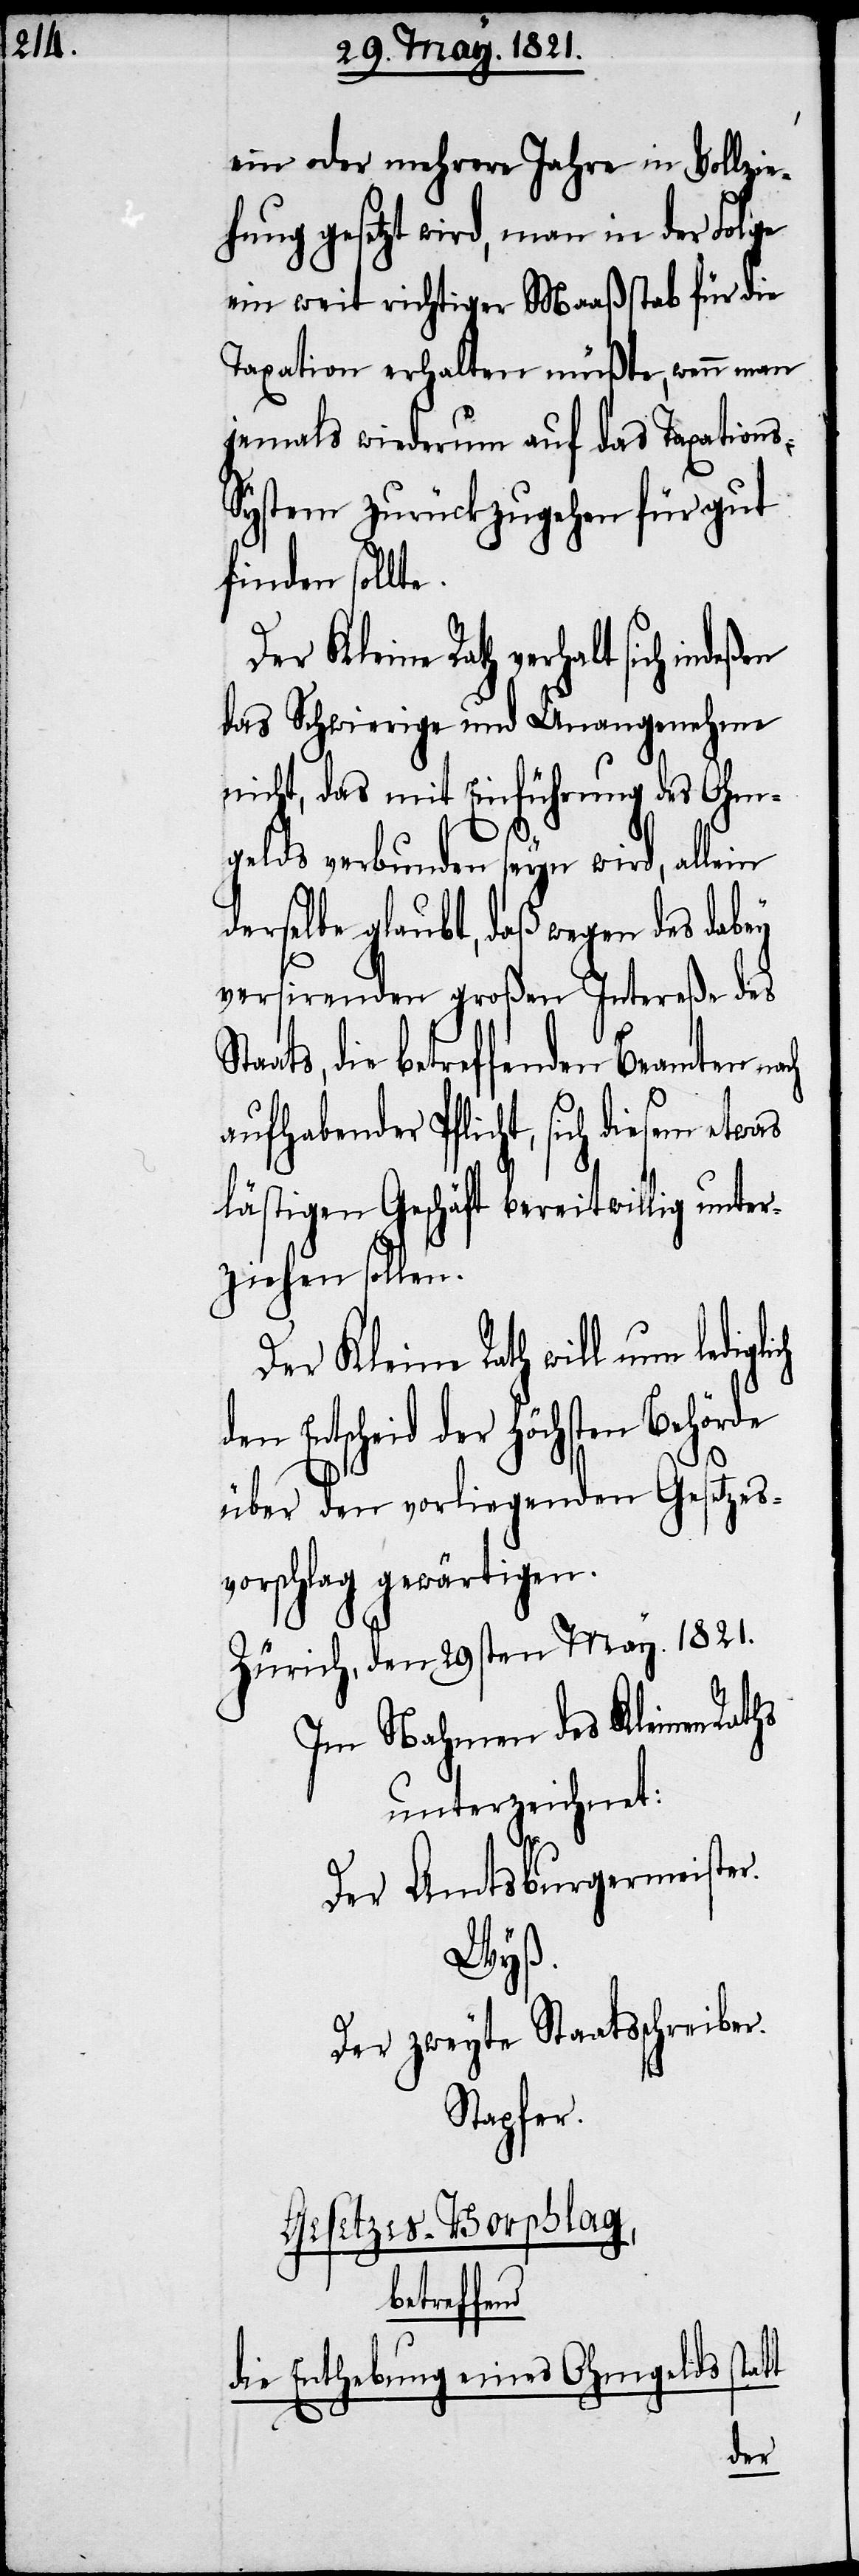
ein oder mehrere Jahre in Vollzie¬
hung gesetzt wird, man in der Folge
ein weit richtiger Maaßstab für die
Taxation erhalten müße, wenn man
jemals wiederum auf das Taxation¬
ystem zurückgehen für gut
finden sollte.
er Kleine Rath verhalt sich inde¬
das Schwierige und Unangenehme
nicht, das mit Einführung des Ohm¬
gelds verbunden seyn wird, allein
derselbe glaubt, daß wegen des dabey
versirenden großen Intereße des
ats, die betreffenden Beamten nach
aufhabender Pflicht, sich diesem etwas
lästigen Geschäft bereitwillig unter¬
ziehen sollen.
Der Kleine Rath will nun ledigl¬
en Entscheid der höchsten Behör¬
de
über den vorliegenden Gesetzes¬
vorschlag gewärtigen.
Zürich, den 29sten May. 1821.
Im Nahmen des Kleinen Rat¬
unterzeichnet:
Der Amtsburgermeister.
Wyß.
Der zweyte Staatsschreiber.
Stapfer.
Gesetzesvorschlag,
betreffend
die Erhebung eines Ohmgelds

hs